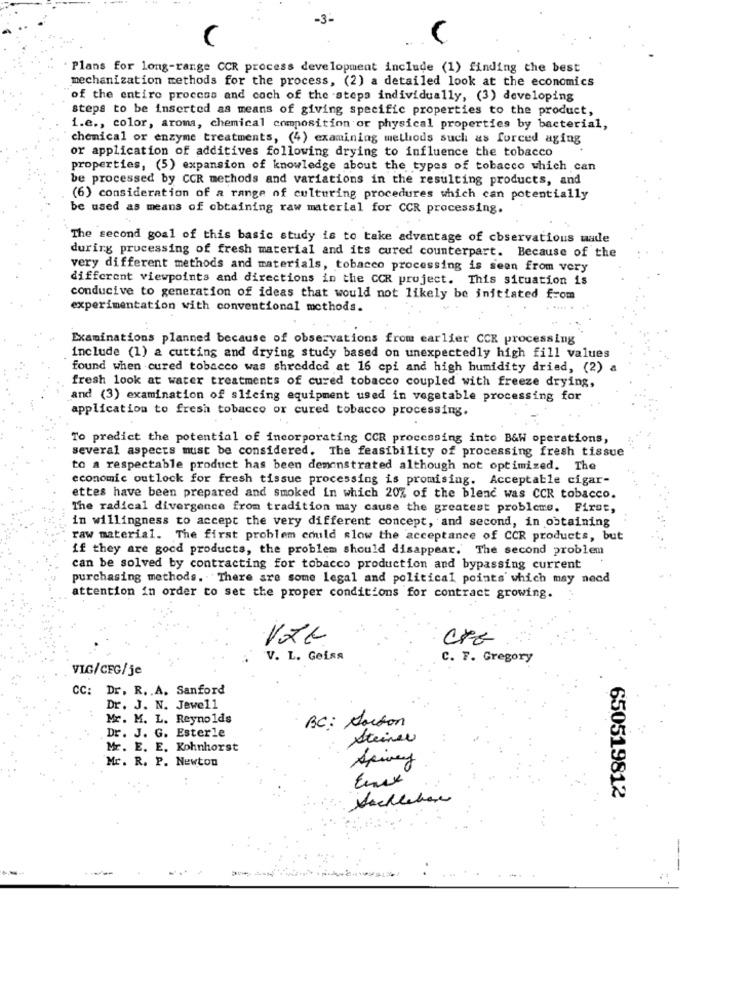
-3-
(
Plans for long-range CCR process development include (1) finding the best
mechanization methods for the process, (2) a detailed look at the economics
of the entire process and coch of the steps individually, (3) developing
steps to be inserted as means of giving specific properties to the product,
1.e ., color, aroma, chemical composition or physical properties by bacterial,
chemical or enzyme treatments, (4) examining methods such as forced aging
or application of additives following drying to influence the tobacco
properties, (5) expansion of knowledge about the types of tobacco which can
be processed by CCR methods and variations in the resulting products, and
(6) consideration of a range of culturing procedures which can potentially
be used as means of obtaining raw material for CCR processing.
The second goal of this basic study is to take advantage of cbservations made
during processing of fresh material and its cured counterpart. Because of the
very different methods and materials, tobacco processing is seen from very
different viewpoints and directions in the COR project. This situation is
conducive to generation of ideas that would not likely be initiated from
experimentation with conventional methods.
Examinations planned because of observations from earlier CCE processing
include (1) a cutting and drying study based on unexpectedly high fill values
found when cured tobacco was shredded at 16 cpi and high humidity dried, (2) a
fresh look at water treatments of cured tobacco coupled with freeze drying,
and (3) examination of slicing equipment used in vegetable processing for
application to fresh tobacco or cured tobacco processing.
To predict the potential of incorporating CCR processing into B&W operations,
several aspects must be considered. The feasibility of processing fresh tissue
to a respectable product has been demonstrated although not optimized. The
economic outlook for fresh tissue processing is promising. Acceptable cigar-
ettes have been prepared and smoked in which 20% of the blend was CCR tobacco.
The radical divergence from tradition may cause the greatest problems. First,
in willingness to accept the very different concept, and second, in obtaining
raw material. The first problem could slow the acceptance of CCR products, but
if they are good products, the problem should disappear. The second problem
can be solved by contracting for tobacco production and bypassing current
purchasing methods. There are some legal and political points which may need
attention in order to set the proper conditions for contract growing.
CRE
V. L. Geiss
C. F. Gregory
VIG/CFG/je
CC: Dr. R .. A. Sanford
Dr. J. N. Jewell
Mr. M. L. Reynolds
Dr. J. G. Esterle
BC: Norton
steiner
Mr. E. E. Kohnhorst
Mr. R. P. Newton
Spivey
650519812
Nachleben